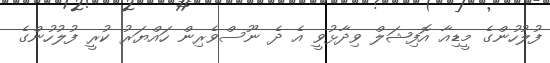
ފުލުހުންގެ މީޑިއާ އޮފިޝަލް ވިދާޅުވީ އެ ދެ ނޫސްވެރިން ހައްޔަރު ކުރީ ފުލުހުންގެ